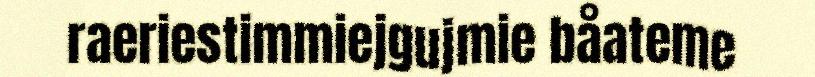
raeriestimmiejgujmie båateme